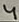
Text: 4